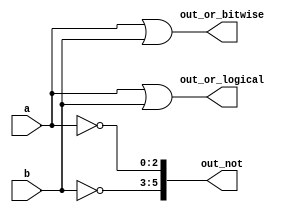
module top_module (
    input  wire [2:0] a,
    input  wire [2:0] b,
    output wire       out_or_logical,
    output wire [2:0] out_or_bitwise,
    output wire [5:0] out_not
);
    wire [5:0] c;

    assign out_or_logical = a || b;
    assign out_or_bitwise = a | b;
    assign   out_not[5:3] = ~b[2:0];
    assign   out_not[2:0] = ~a[2:0];
endmodule